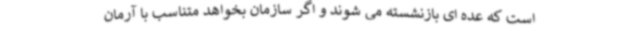
است که عده ای بازنشسته می شوند و اگر سازمان بخواهد متناسب با آرمان